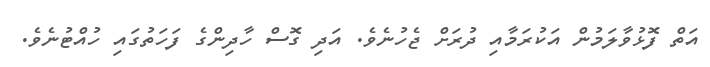
އަތް ފޮޅުވާލަމުން އަކުރަމާއި ދުރަށް ޖެހުނެވެ. އަދި ގޮސް ހާދިންގެ ފަހަތުގައި ހުއްޓުނެވެ.